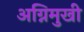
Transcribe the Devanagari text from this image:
अग्निमुखी